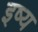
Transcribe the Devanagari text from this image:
इष्य